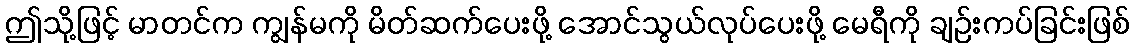
ဤသို့ဖြင့် မာတင်က ကျွန်မကို မိတ်ဆက်ပေးဖို့ အောင်သွယ်လုပ်ပေးဖို့ မေရီကို ချဉ်းကပ်ခြင်းဖြစ်